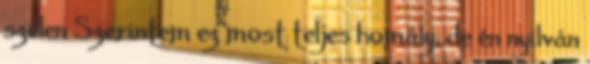
szélen Szerintem ez most teljes homály, de én nyilván